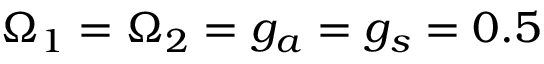
\Omega _ { 1 } = \Omega _ { 2 } = g _ { a } = g _ { s } = 0 . 5